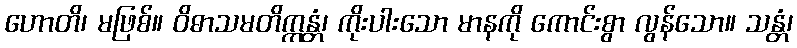
ဟောတိ၊ မဖြစ်။ ဝိဓာသမတိက္ကန္တံ၊ ကိုးပါးသော မာနကို ကောင်းစွာ လွန်သော။ သန္တံ၊